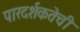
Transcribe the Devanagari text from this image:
पारदर्शकतेची